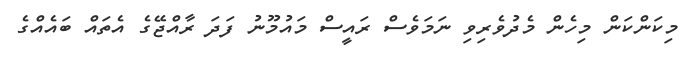
މިކަންކަން މިހެން މެދުވެރިވި ނަމަވެސް ރައީސް މައުމޫނު ފަދަ ރާއްޖޭގެ އެތައް ބައެއްގެ